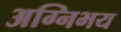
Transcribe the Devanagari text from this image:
अग्निभय